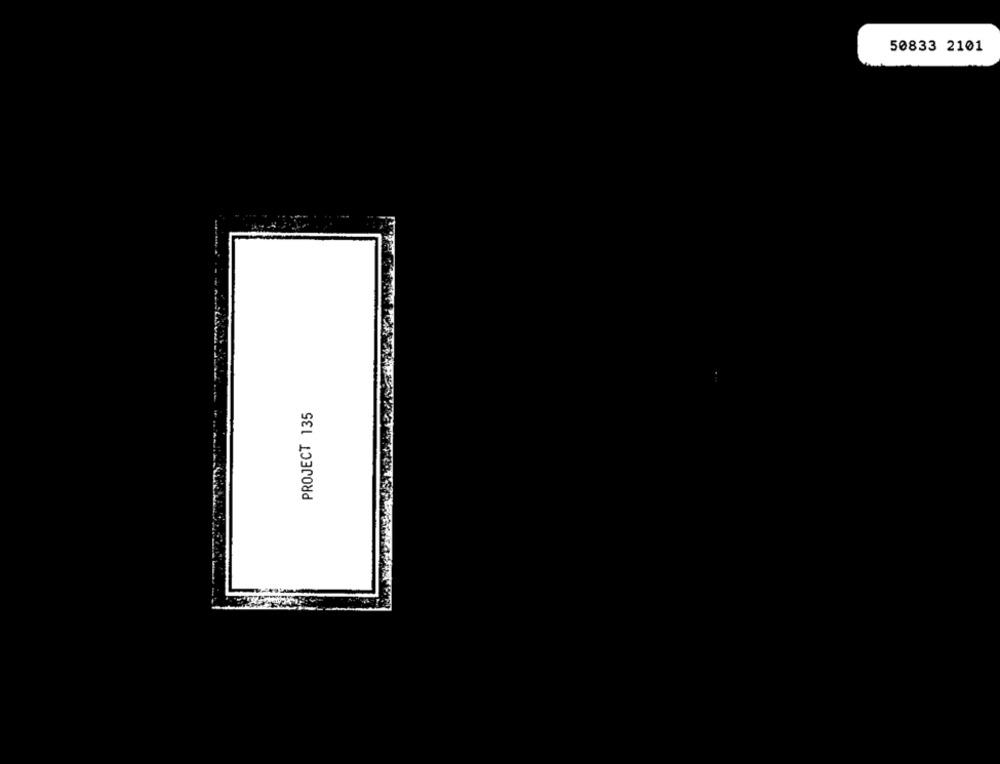
50833 2101
PROJECT 135